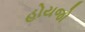
હોયજો